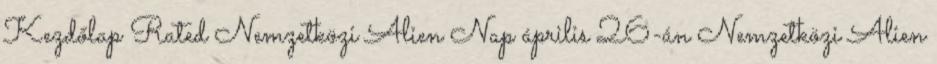
Kezdőlap Rated Nemzetközi Alien Nap április 26-án Nemzetközi Alien